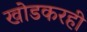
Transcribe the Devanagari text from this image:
खोडकरही